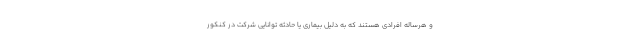
و هرساله افرادی هستند که به دلیل بیماری یا حادثه توانایی شرکت در کنکور